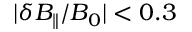
| \delta B _ { \parallel } / B _ { 0 } | < 0 . 3